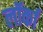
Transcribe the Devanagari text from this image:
लॉर्का